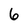
Character: 6